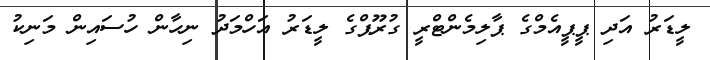
ލީޑަރު އަދި ޕީޕީއެމްގެ ޕާލިމެންޓްރީ ގުރޫޕްގެ ލީޑަރު އަހްމަދު ނިހާން ހުސައިން މަނިކު